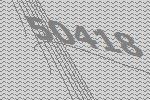
50418